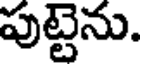
పుట్టెను.